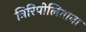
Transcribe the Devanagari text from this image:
त्रिरिपोलिताना